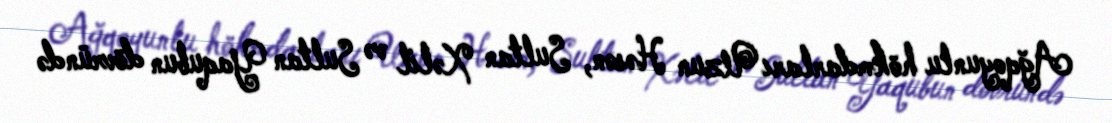
Ağqoyunlu hökmdarları Uzun Həsən, Sultan Xəlil və Sultan Yaqubun dövründə